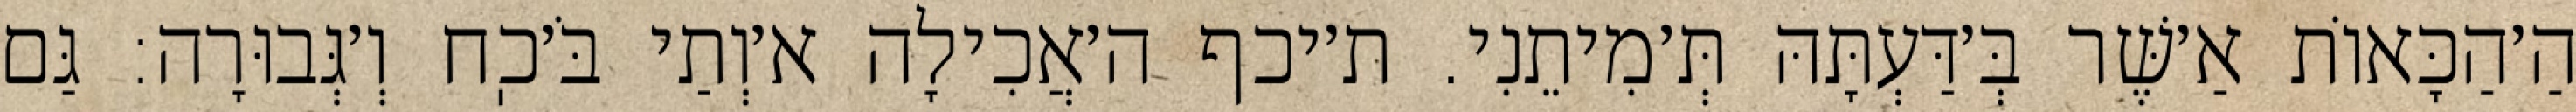
הַ׳הַכָּאוֹת אַ׳שֶּׁר בְּ׳דַּעְתָּהּ תְּ׳מִיתֵנִי. ת׳יכף ה׳אֲכִילָה א׳וְתַי בֹּ׳כֽח וְ׳גְּבוּרָה: גַּם